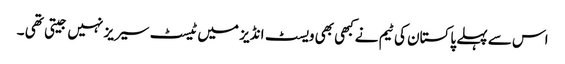
اس سے پہلے پاکستان کی ٹیم نےکبھی بھی ویسٹ انڈیز میں ٹیسٹ سیریز نہیں جیتی تھی ۔